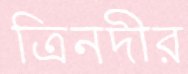
ত্রিনদীর